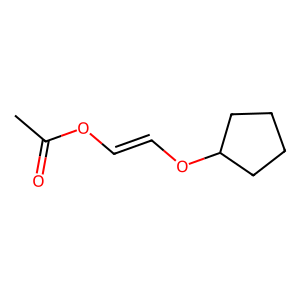
SMILES: CC(=O)OC=COC1CCCC1
Inhibits HIV replication: No